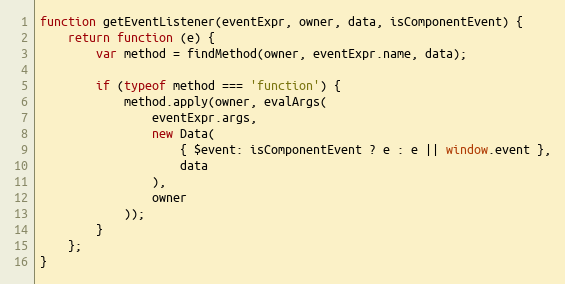
Language: JavaScript
function getEventListener(eventExpr, owner, data, isComponentEvent) {
    return function (e) {
        var method = findMethod(owner, eventExpr.name, data);

        if (typeof method === 'function') {
            method.apply(owner, evalArgs(
                eventExpr.args,
                new Data(
                    { $event: isComponentEvent ? e : e || window.event },
                    data
                ),
                owner
            ));
        }
    };
}